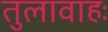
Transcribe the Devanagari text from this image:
तुलावाहः